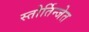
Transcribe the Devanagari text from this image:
स्तोर्तिन्जेत